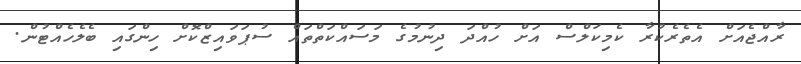
ރާއްޖެއަށް އެތެރެކުރާ ކެމިކަލްސް އަށް ހުއްދަ ދިނުމުގެ މަސައްކަތްތައް ސުޕަވައިޒްކޮށް ހިންގައި ބެލެހެއްޓުން.